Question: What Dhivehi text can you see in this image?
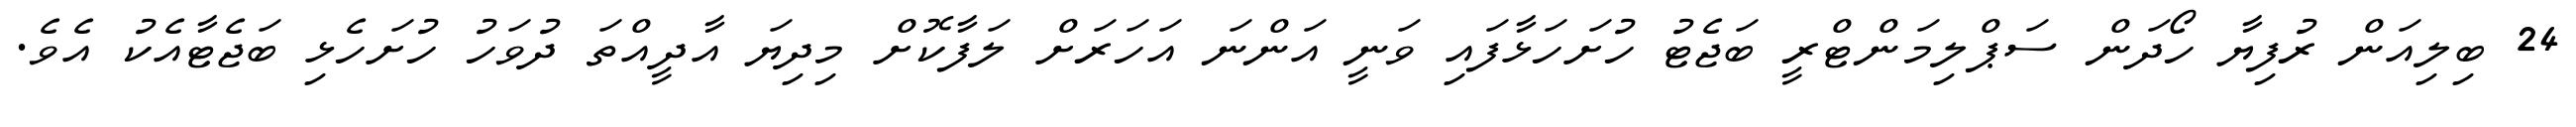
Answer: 24 ބިލިއަން ރުފިޔާ ހޯދަން ސަޕްލިމަންޓްރީ ބަޖެޓު ހުށަހަޅާފައި ވަނީ އަންނަ އަހަރަށް ލަފާކޮށް މިދިޔަ އާދީއްތަ ދުވަހު ހުށަހެޅި ބަޖެޓާއެކު އެވެ.